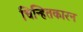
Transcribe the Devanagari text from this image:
चिन्हितकारन